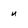
Character: u